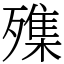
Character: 㱷